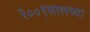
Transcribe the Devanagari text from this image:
२००१सालच्या